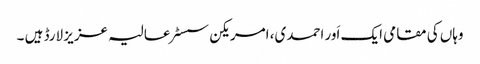
وہاں کی مقامی ایک اَور احمدی، امریکن سسٹر عالیہ عزیز لارڈ ہیں ۔